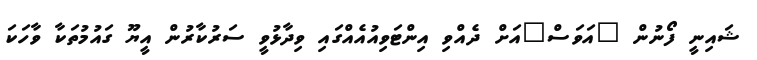
ޝައިނީ ފޯނުން "އަވަސް"އަށް ދެއްވި އިންޓަވިއުއެއްގައި ވިދާޅުވީ ސަރުކާރުން އީޔޫ ގައުމުތަކާ ވާހަކަ